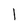
Character: 1